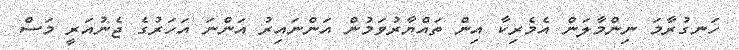
ހަނގުރާމަ ނިންމާލަން އެމެރިކާ އިން ތައްޔާރުވަމުން އަންނައިރު އަންނަ އަހަރުގެ ޖެނުއަރީ މަސް